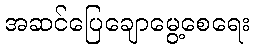
အဆင်ပြေချောမွေ့စေရေး